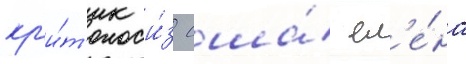
кр'и́т'ик и́з сша́ ел'е́на